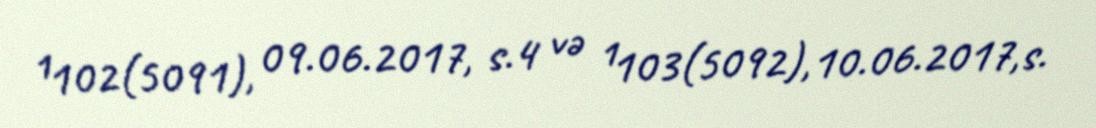
¹102(5091), 09.06.2017, s.4 və ¹103(5092),10.06.2017,s.